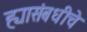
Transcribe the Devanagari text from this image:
ह्यासंबधीचे